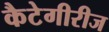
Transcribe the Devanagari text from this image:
कैटेगीरीज